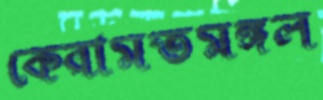
কেরামতমঙ্গল